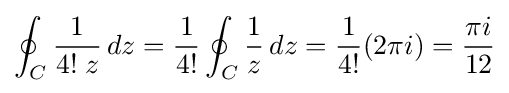
\oint _{C}{1 \over 4!\;z}\,dz={1 \over 4!}\oint _{C}{1 \over z}\,dz={1 \over 4!}(2\pi i)={\pi i \over 12}